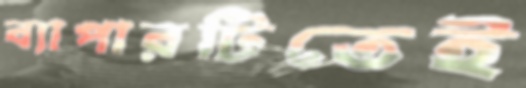
ব্যাপারটিতেই